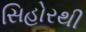
સિહોરથી